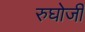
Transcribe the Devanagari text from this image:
रुघोजी